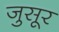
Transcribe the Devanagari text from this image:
जुसूर